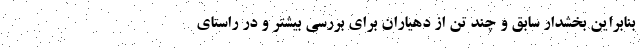
بنابراین بخشدار سابق و چند تن از دهیاران برای بررسی بیشتر و در راستای